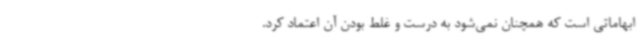
ابهاماتی است که همچنان نمی‌شود به درست و غلط بودن آن اعتماد کرد.